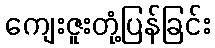
ကျေးဇူးတုံ့ပြန်ခြင်း